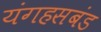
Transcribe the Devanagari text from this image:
यंगहसबंड